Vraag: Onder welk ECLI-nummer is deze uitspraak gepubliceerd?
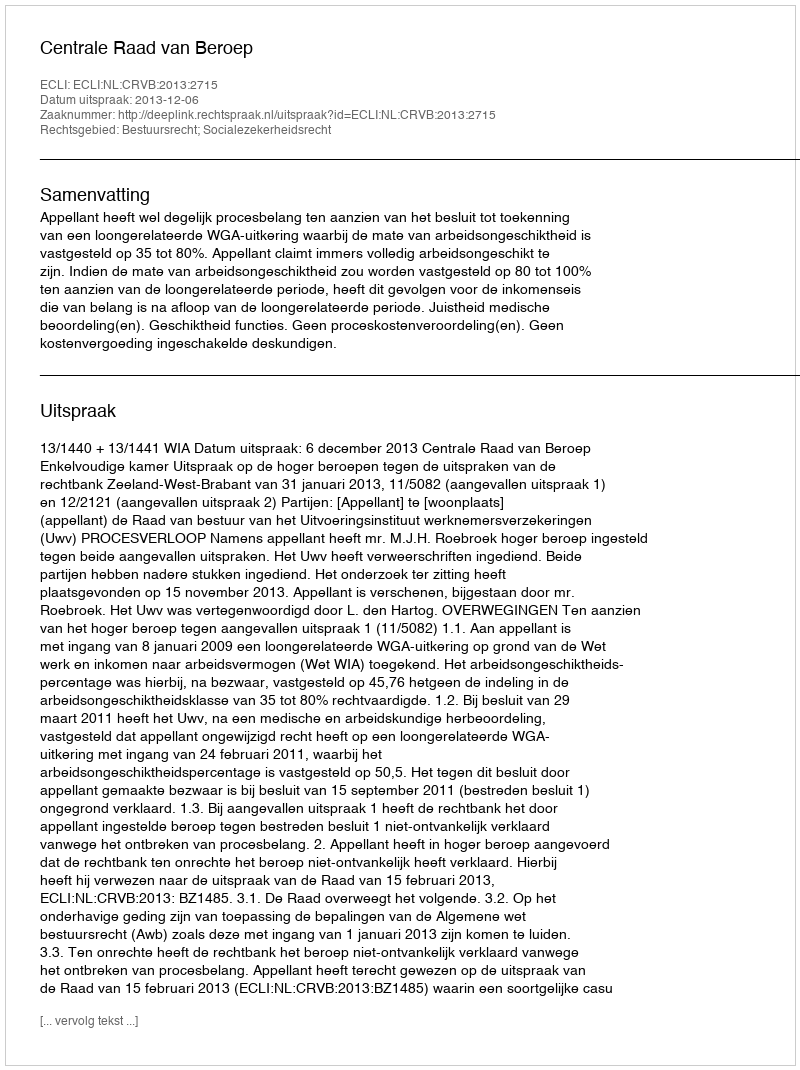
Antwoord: ECLI:NL:CRVB:2013:2715